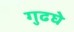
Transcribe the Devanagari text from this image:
गुढघे